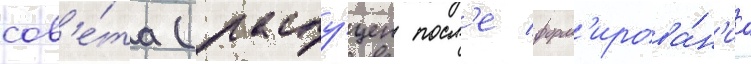
сов'е́та (распу́щен посл'е форм'ирова́н'иа